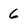
Character: 6